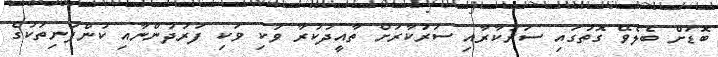
ބޮޑަށް ބެލެވޭ ގޮތުގައި ސަރުކާރާއި ސަރުކާރަށް ތާއީދުކުރާ ވަކި ވަކި ފަރުދުންނާއި ކުންފުނިތަކުގެ